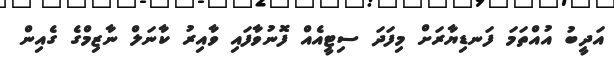
އަދީބު އުއްތަމަ ފަނޑިޔާރަށް މިފަދަ ސިޓީއެއް ފޮނުވާފައި ވާއިރު ކާނަލް ނާޒިމްގެ ގެއިން